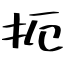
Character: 扼